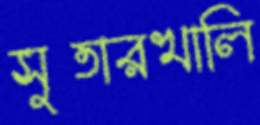
সুতারখালি